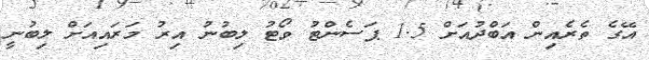
އޭގެ ތެރެއިން އަބްދުއަށް 1.5 ޕަސެންޓު ވޯޓު ލިބުނު އިރު މަރައިއަށް ލިބުނީ